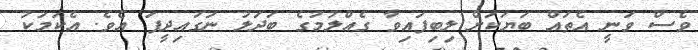
ވެސް ވަނީ އެތައް ބަޔަކަށް ލިބިފައިވާ ގެއްލުމުގެ ބަދަލު ނަގައިދީފަ އެވެ. އެކަމަކު